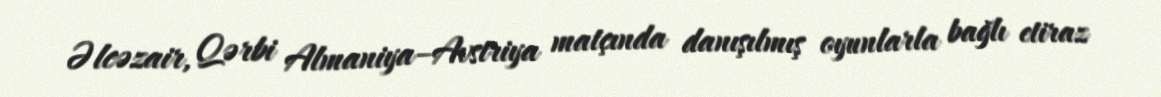
Əlcəzair, Qərbi Almaniya–Avstriya matçında danışılmış oyunlarla bağlı etiraz